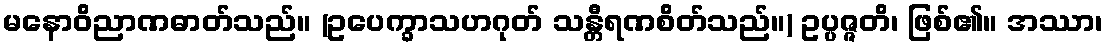
မနောဝိညာဏဓာတ်သည်။ (ဥပေက္ခာသဟဂုတ် သန္တီရဏစိတ်သည်။) ဥပ္ပဇ္ဇတိ၊ ဖြစ်၏။ အဿာ၊